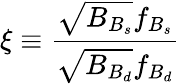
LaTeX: \xi\equiv{\frac{\sqrt{B_{B_{s}}}f_{B_{s}}}{\sqrt{B_{B_{d}}}f_{B_{d}}}}